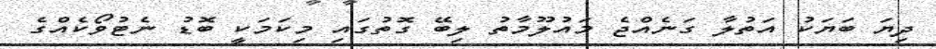
ދިޔަ ބަޔަކު އަތުލާ ގަނެއްޖެ މައުލޫމާތު ލިބޭ ގޮތުގައި މިކަމަކީ ބޮޑު ނެޓުވޯކެއްގެ